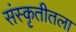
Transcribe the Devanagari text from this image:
संस्कृतीतला